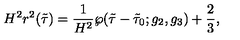
H ^ { 2 } r ^ { 2 } ( \tilde { \tau } ) = \frac { 1 } { H ^ { 2 } } \wp ( \tilde { \tau } - \tilde { \tau } _ { 0 } ; g _ { 2 } , g _ { 3 } ) + \frac { 2 } { 3 } ,